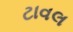
ટાવલ